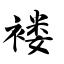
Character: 褛